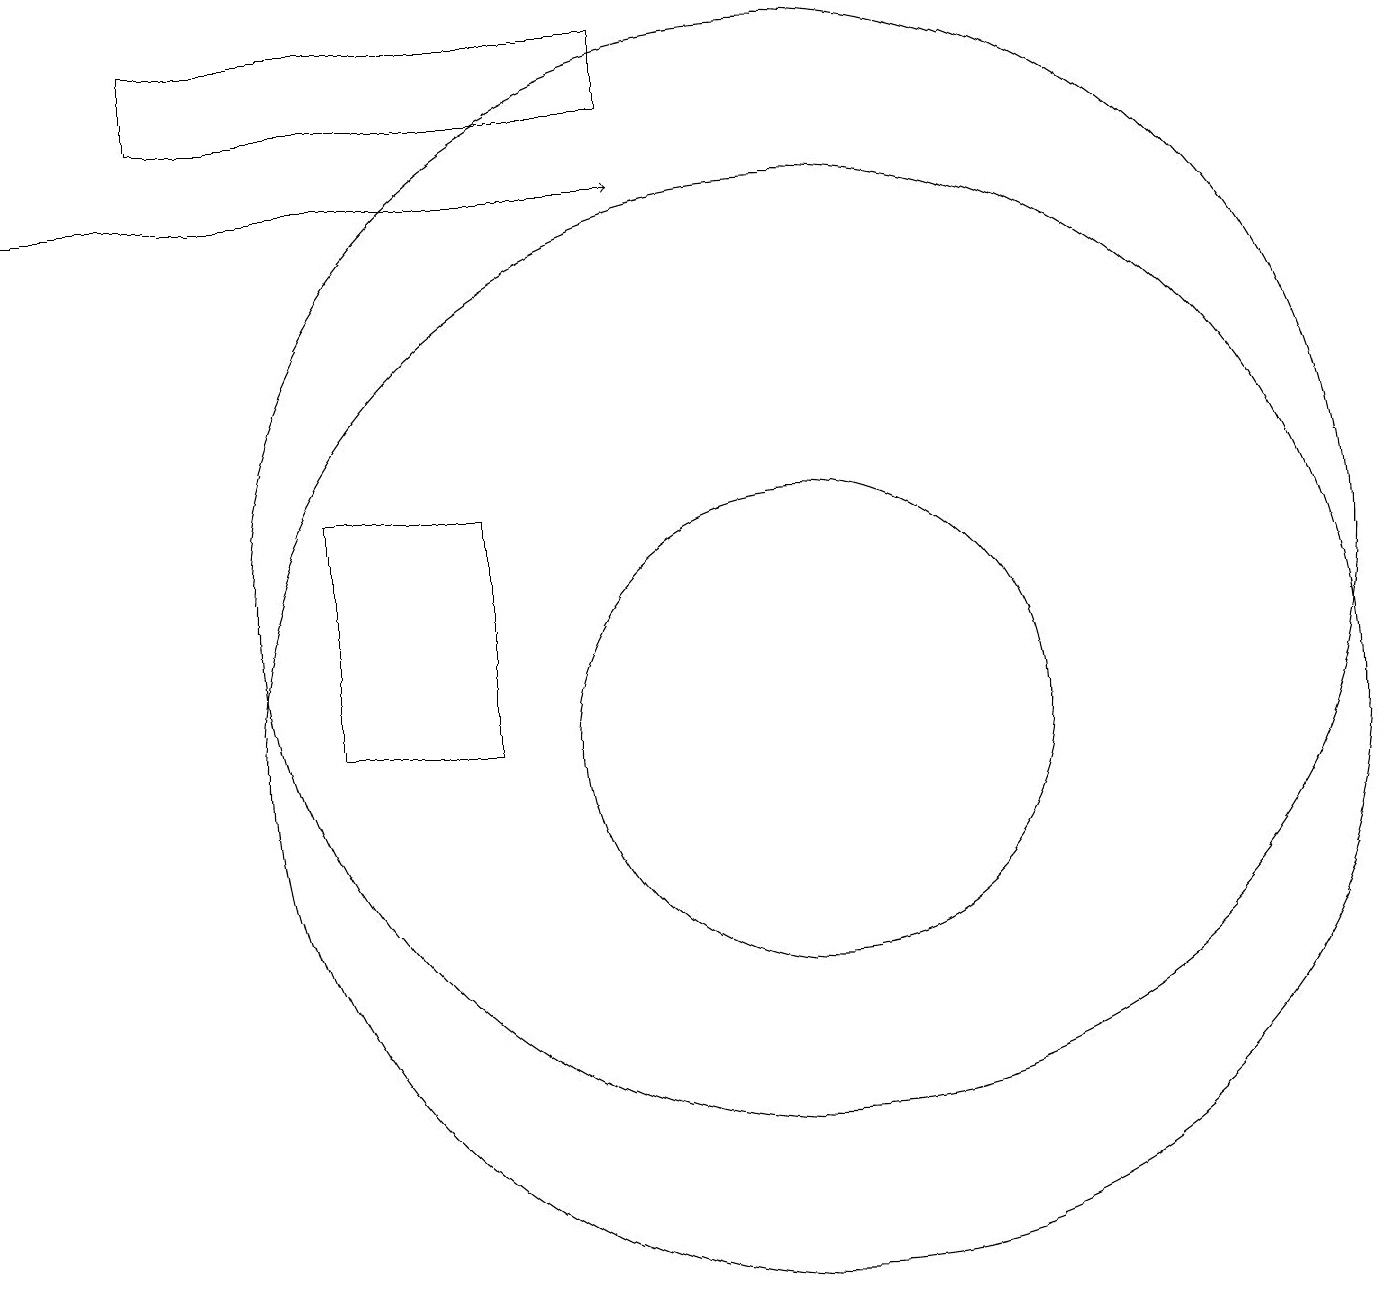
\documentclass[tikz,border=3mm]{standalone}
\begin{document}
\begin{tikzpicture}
\draw (10,10) circle (7);
\draw (6,10) rectangle (4,13);
\draw (2,19) rectangle (8,18);
\draw (10,12) circle (7);
\draw (10,10) circle (3);
\draw[->] (0,17) -- (8,17);
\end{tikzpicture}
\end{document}